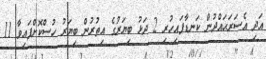
އަދި އެސަރަޙައްދުން ކަނޑާފައިހުރި 2 ދަޅު ބިޔަރުގެ އިތުރުން ބިޔަރު ހުސްކޮށްފައިވާ 11